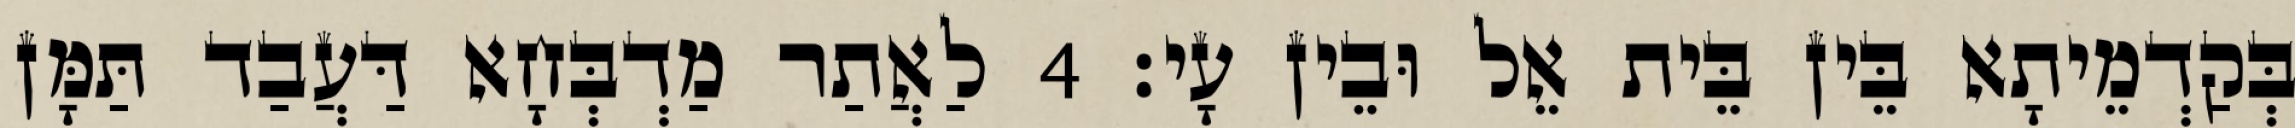
בְּקַדְמֵיתָא בֵּין בֵּית אֵל וּבֵין עָי׃ 4 לַאֲתַר מַדְבְּחָא דַּעֲבַד תַּמָּן